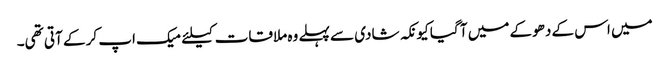
میں اس کے دھوکے میں آ گیا کیونکہ شادی سے پہلے وہ ملاقات کیلئے میک اپ کر کے آتی تھی۔